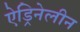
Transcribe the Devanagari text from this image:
ऐड्रिनेलीन